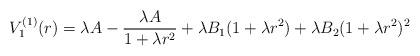
LaTeX: \begin{align*} V^{(1)}_1(r) = \lambda A - \frac{\lambda A}{1+\lambda r^2} + \lambda B_1 (1+\lambda r^2) + \lambda B_2 (1+\lambda r^2)^2\end{align*}